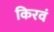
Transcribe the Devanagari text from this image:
किरवं